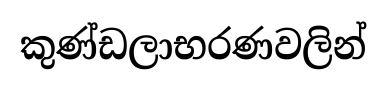
කුණ්ඩලාභරණවලින්